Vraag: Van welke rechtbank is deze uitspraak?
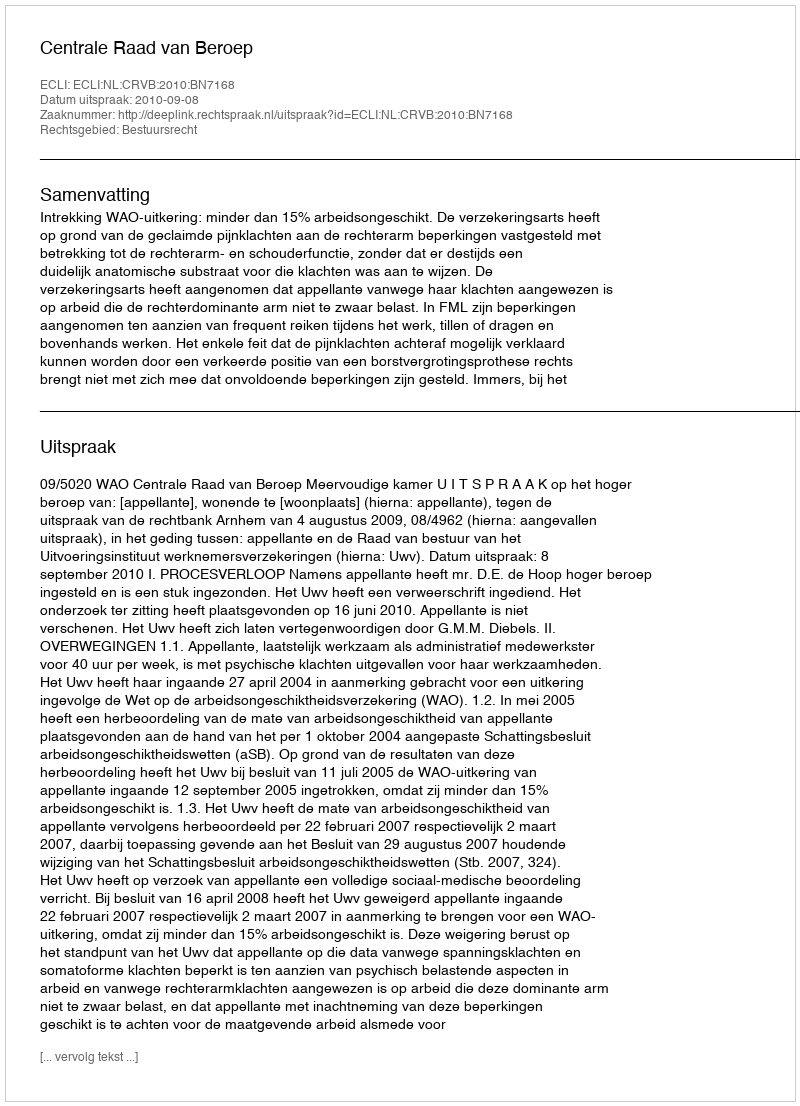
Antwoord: Centrale Raad van Beroep